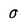
Character: 0